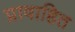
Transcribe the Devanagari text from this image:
प्रावाहित